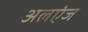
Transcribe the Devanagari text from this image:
अलएंज